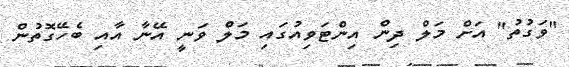
"ވަގުތު" އަށް މަލް ދިން އިންޓަވިއުގައި މަލް ވަނީ އޭނާ އާއި ބެހޭގޮތުން